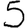
Digit: 5